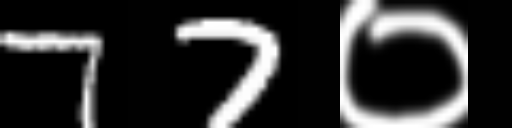
Text: 77०